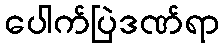
ပေါက်ပြဲဒဏ်ရာ